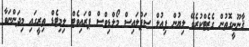
ޤާނޫނީގޮތުން ގެޒެޓްކުރެވޭ ލިޔުން ފިއުލް ސަޕްލައިސް މޯލްޑިވްސް ޕްރައިވެޓް ލިމިޓެޑް ތިރީގައި މިދަންނަވާ